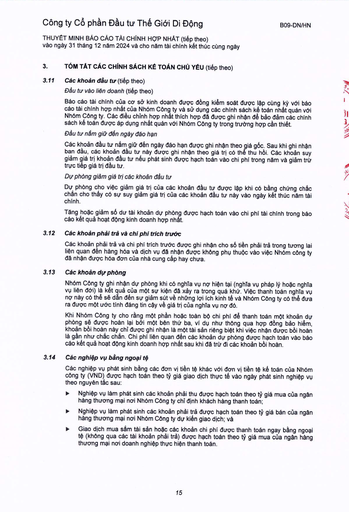
|3.|TÓM TẮT CÁC CHÍNH SÁCH KẾ TOÁN CHỦ YẾU (tiếp theo)| |---|---| |3.11|Các khoản đầu tư (tiếp theo)| ||Đầu tư vào liên doanh (tiếp theo)| ||Báo cáo tài chính của cơ sở kinh doanh được đồng kiểm soát được lập cùng kỳ với báo cáo tài chính hợp nhất của Nhóm Công ty và sử dụng các chính sách kế toán nhất quán với Nhóm Công ty. Các điều chỉnh hợp nhất thích hợp đã được ghi nhận để bảo đảm các chính sách kế toán được áp dụng nhất quán với Nhóm Công ty trong trường hợp cần thiết. Đầu tư nắm giữ đến ngày đáo hạn| ||Các khoản đầu tư nắm giữ đến ngày đáo hạn được ghi nhận theo giá gốc. Sau khi ghi nhận ban đầu, các khoản đầu tư này được ghi nhận theo giá trị có thể thu hồi. Các khoản suy giảm giá trị khoản đầu tư nếu phát sinh được hạch toán vào chi phí trong năm và giảm trừ trực tiếp giá trị đầu tư.| ||Dự phòng giảm giá trị các khoản đầu tư| ||Dự phòng cho việc giảm giá trị của các khoản đầu tư được lập khi có bằng chứng chắc chắn cho thấy có sự suy giảm giá trị của các khoản đầu tư này vào ngày kết thúc năm tài chính.| ||Tăng hoặc giảm số dư tài khoản dự phòng được hạch toán vào chi phí tài chính trong báo cáo kết quả hoạt động kinh doanh hợp nhất.| |3.12|Các khoản phải trả và chi phí trích trước| ||Các khoản phải trả và chi phí trích trước được ghi nhận cho số tiền phải trả trong tương lai liên quan đến hàng hóa và dịch vụ đã nhận được không phụ thuộc vào việc Nhóm công ty đã nhận được hóa đơn của nhà cung cấp hay chưa.| |3.13|Các khoản dự phòng| ||Nhóm Công ty ghi nhận dự phòng khi có nghĩa vụ nợ hiện tại (nghĩa vụ pháp lý hoặc nghĩa vụ liên đới) là kết quả của một sự kiện đã xảy ra trong quá khứ. Việc thanh toán nghĩa vụ nợ này có thể sẽ dẫn đến sự giảm sút về những lợi ích kinh tế và Nhóm Công ty có thể đưa ra được một lộ trình đáng tin cậy về giá trị của nghĩa vụ nợ đó.| ||Khi Nhóm Công ty cho rằng một phần hoặc toàn bộ chi phí để thanh toán một khoản dự phòng sẽ được hoàn lại bởi một bên thứ ba, ví dụ như thông qua hợp đồng bảo hiểm, khoản bồi hoàn này chỉ được ghi nhận là một tài sản riêng biệt khi việc nhận được bồi hoàn là gần như chắc chắn. Chi phí liên quan đến các khoản dự phòng được hạch toán vào báo cáo kết quả hoạt động kinh doanh hợp nhất sau khi đã trừ đi các khoản bồi hoàn.| |3.14|Các nghiệp vụ bằng ngoại tệ| ||Các nghiệp vụ phát sinh bằng các đơn vị tiền tệ khác với đơn vị tiền tệ kế toán của Nhóm công ty (VND) được hạch toán theo tỷ giá giao dịch thực tế vào ngày phát sinh nghiệp vụ theo nguyên tắc sau:| ||Nghiệp vụ làm phát sinh các khoản phải thu được hạch toán theo tỷ giá mua của ngân hàng thương mại nơi Nhóm Công ty chỉ định khách hàng thanh toán;| ||Nghiệp vụ làm phát sinh các khoản phải trả được hạch toán theo tỷ giá bán của ngân hàng thương mại nơi Nhóm Công ty dự kiến giao dịch; và| ||Giao dịch mua sắm tài sản hoặc các khoản chi phí được thanh toán ngay bằng ngoại tệ (không qua các tài khoản phải trả) được hạch toán theo tỷ giá mua của ngân hàng thương mại nơi doanh nghiệp thực hiện thanh toán.|